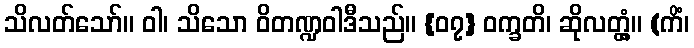
သိလတ်သော်။ ဝါ၊ သိသော ဝိတဏ္ဍဝါဒီသည်။ {၀၇} ဝက္ခတိ၊ ဆိုလတ္တံ့။ (ကိံ၊